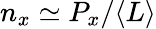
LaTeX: n_{x}\simeq P_{x}/\langle L\rangle